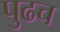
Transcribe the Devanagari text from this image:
पुढच